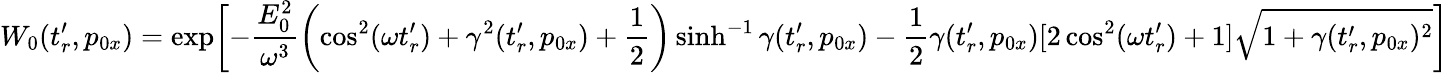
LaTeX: W_{0}(t_{r}^{\prime},p_{0x})=\exp\biggl[-\frac{E_{0}^{2}}{\omega^{3}}\biggl(\cos^{2}(\omega t_{r}^{\prime})+\gamma^{2}(t_{r}^{\prime},p_{0x})+\frac{1}{2}\biggr)\sinh^{-1}\gamma(t_{r}^{\prime},p_{0x})-\frac{1}{2}\gamma(t_{r}^{\prime},p_{0x})[2\cos^{2}(\omega t_{r}^{\prime})+1]\sqrt{1+\gamma(t_{r}^{\prime},p_{0x})^{2}}\biggr]